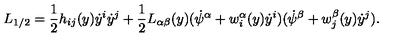
L _ { 1 / 2 } = \frac { 1 } { 2 } h _ { i j } ( y ) \dot { y } ^ { i } \dot { y } ^ { j } + \frac { 1 } { 2 } L _ { \alpha \beta } ( y ) ( \dot { \psi } ^ { \alpha } + w _ { i } ^ { \alpha } ( y ) \dot { y } ^ { i } ) ( \dot { \psi } ^ { \beta } + w _ { j } ^ { \beta } ( y ) \dot { y } ^ { j } ) .